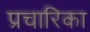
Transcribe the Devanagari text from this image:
प्रचारिका